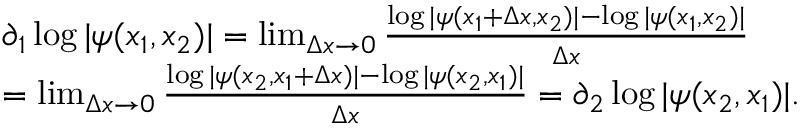
\begin{array} { r l } & { \partial _ { 1 } \log | \psi ( x _ { 1 } , x _ { 2 } ) | = \operatorname* { l i m } _ { \Delta x \to 0 } \frac { \log | \psi ( x _ { 1 } + \Delta x , x _ { 2 } ) | - \log | \psi ( x _ { 1 } , x _ { 2 } ) | } { \Delta x } } \\ & { = \operatorname* { l i m } _ { \Delta x \to 0 } \frac { \log | \psi ( x _ { 2 } , x _ { 1 } + \Delta x ) | - \log | \psi ( x _ { 2 } , x _ { 1 } ) | } { \Delta x } = \partial _ { 2 } \log | \psi ( x _ { 2 } , x _ { 1 } ) | . } \end{array}